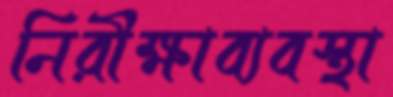
নিরীক্ষাব্যবস্থা